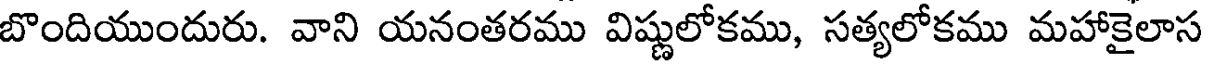
బొందియుందురు. వాని యనంతరము విష్ణులోకము, సత్యలోకము మహాకైలాస